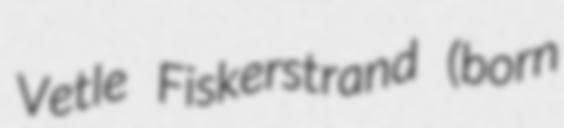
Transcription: Vetle Fiskerstrand (born